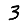
Digit: 3